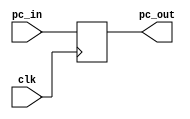
module pc(clk, pc_in, pc_out);
    input clk;
    input [31:0] pc_in;
    output [31:0] pc_out;

    reg [31:0] pc_out;
    initial begin
        
        pc_out <= -4;
    end
    always @(posedge clk) begin
      pc_out <= pc_in;
    end

    

endmodule